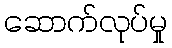
ဆောက်လုပ်မှု